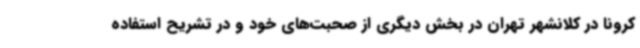
کرونا در کلانشهر تهران در بخش دیگری از صحبت‌های خود و در تشریح استفاده